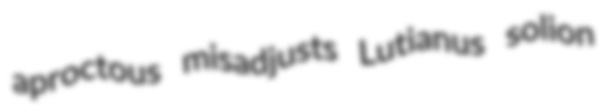
aproctous misadjusts Lutianus solion